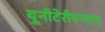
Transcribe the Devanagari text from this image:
यूनीटेरीयनवाद